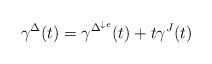
LaTeX: \begin{align*} \gamma^\Delta(t)=\gamma^{\Delta^{\downarrow e}}(t)+t\gamma^J(t)\end{align*}